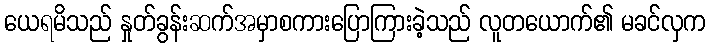
ယေရမိသည် နှုတ်ခွန်းဆက်အမှာစကားပြောကြားခဲ့သည် လူတယောက်၏ မခင်လှက